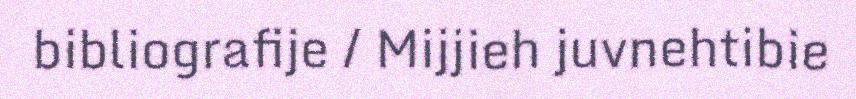
bibliografije / Mijjieh juvnehtibie